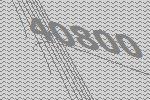
40800